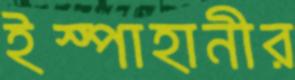
ইস্পাহানীর